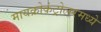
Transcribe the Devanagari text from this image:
मायक्रोकंट्रोलरमध्ये